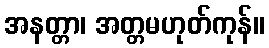
အနတ္တာ၊ အတ္တမဟုတ်ကုန်။